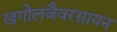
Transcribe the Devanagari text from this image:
खगोलजैवरसायन